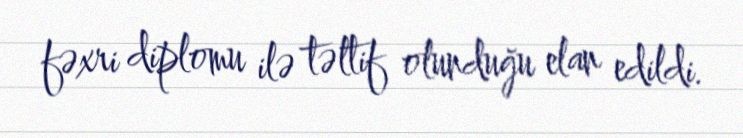
fəxri diplomu ilə təltif olunduğu elan edildi.